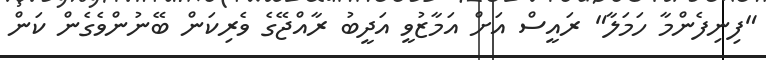
"ފިނިފެންމާ ހަމަލާ" ރައީސް އަށް އަމާޒުވީ އަދީބު ރާއްޖޭގެ ވެރިކަން ބޭނުންވެގެން ކަން